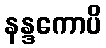
နန္ဒကောပိ